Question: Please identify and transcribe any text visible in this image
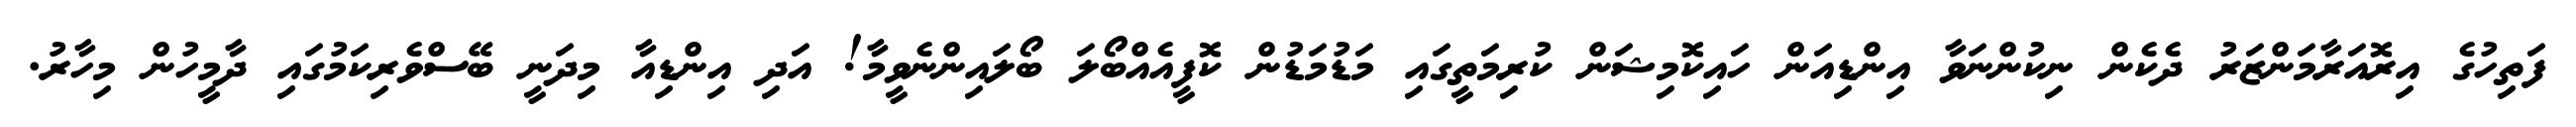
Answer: ފަތިހުގެ އިރޮއަރާމަންޒަރު ދެކެން ނިކުންނަވާ އިންޑިއަން ހައިކޮމިޝަން ކުރިމަތީގައި މަޑުމަޑުން ކޮފީއެއްބޯލަ ބޯލައިންނެވީމާ! އަދި އިންޑިއާ މިދަނީ ބޭސްވެރިކަމުގައި ދާމީހުން މިހާރު.